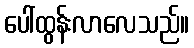
ပေါ်ထွန်းလာလေသည်။